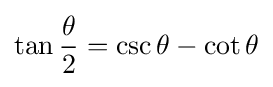
\tan {\frac {\theta }{2}}=\csc \theta -\cot \theta